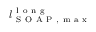
l _ { \mathrm { ~ S ~ O ~ A ~ P ~ , ~ m ~ a ~ x ~ } } ^ { \mathrm { ~ l ~ o ~ n ~ g ~ } }